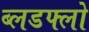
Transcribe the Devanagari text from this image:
ब्लडफ्लो